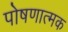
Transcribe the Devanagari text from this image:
पोषणात्मक